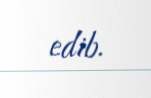
edib.